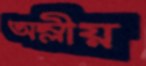
অম্লীয়